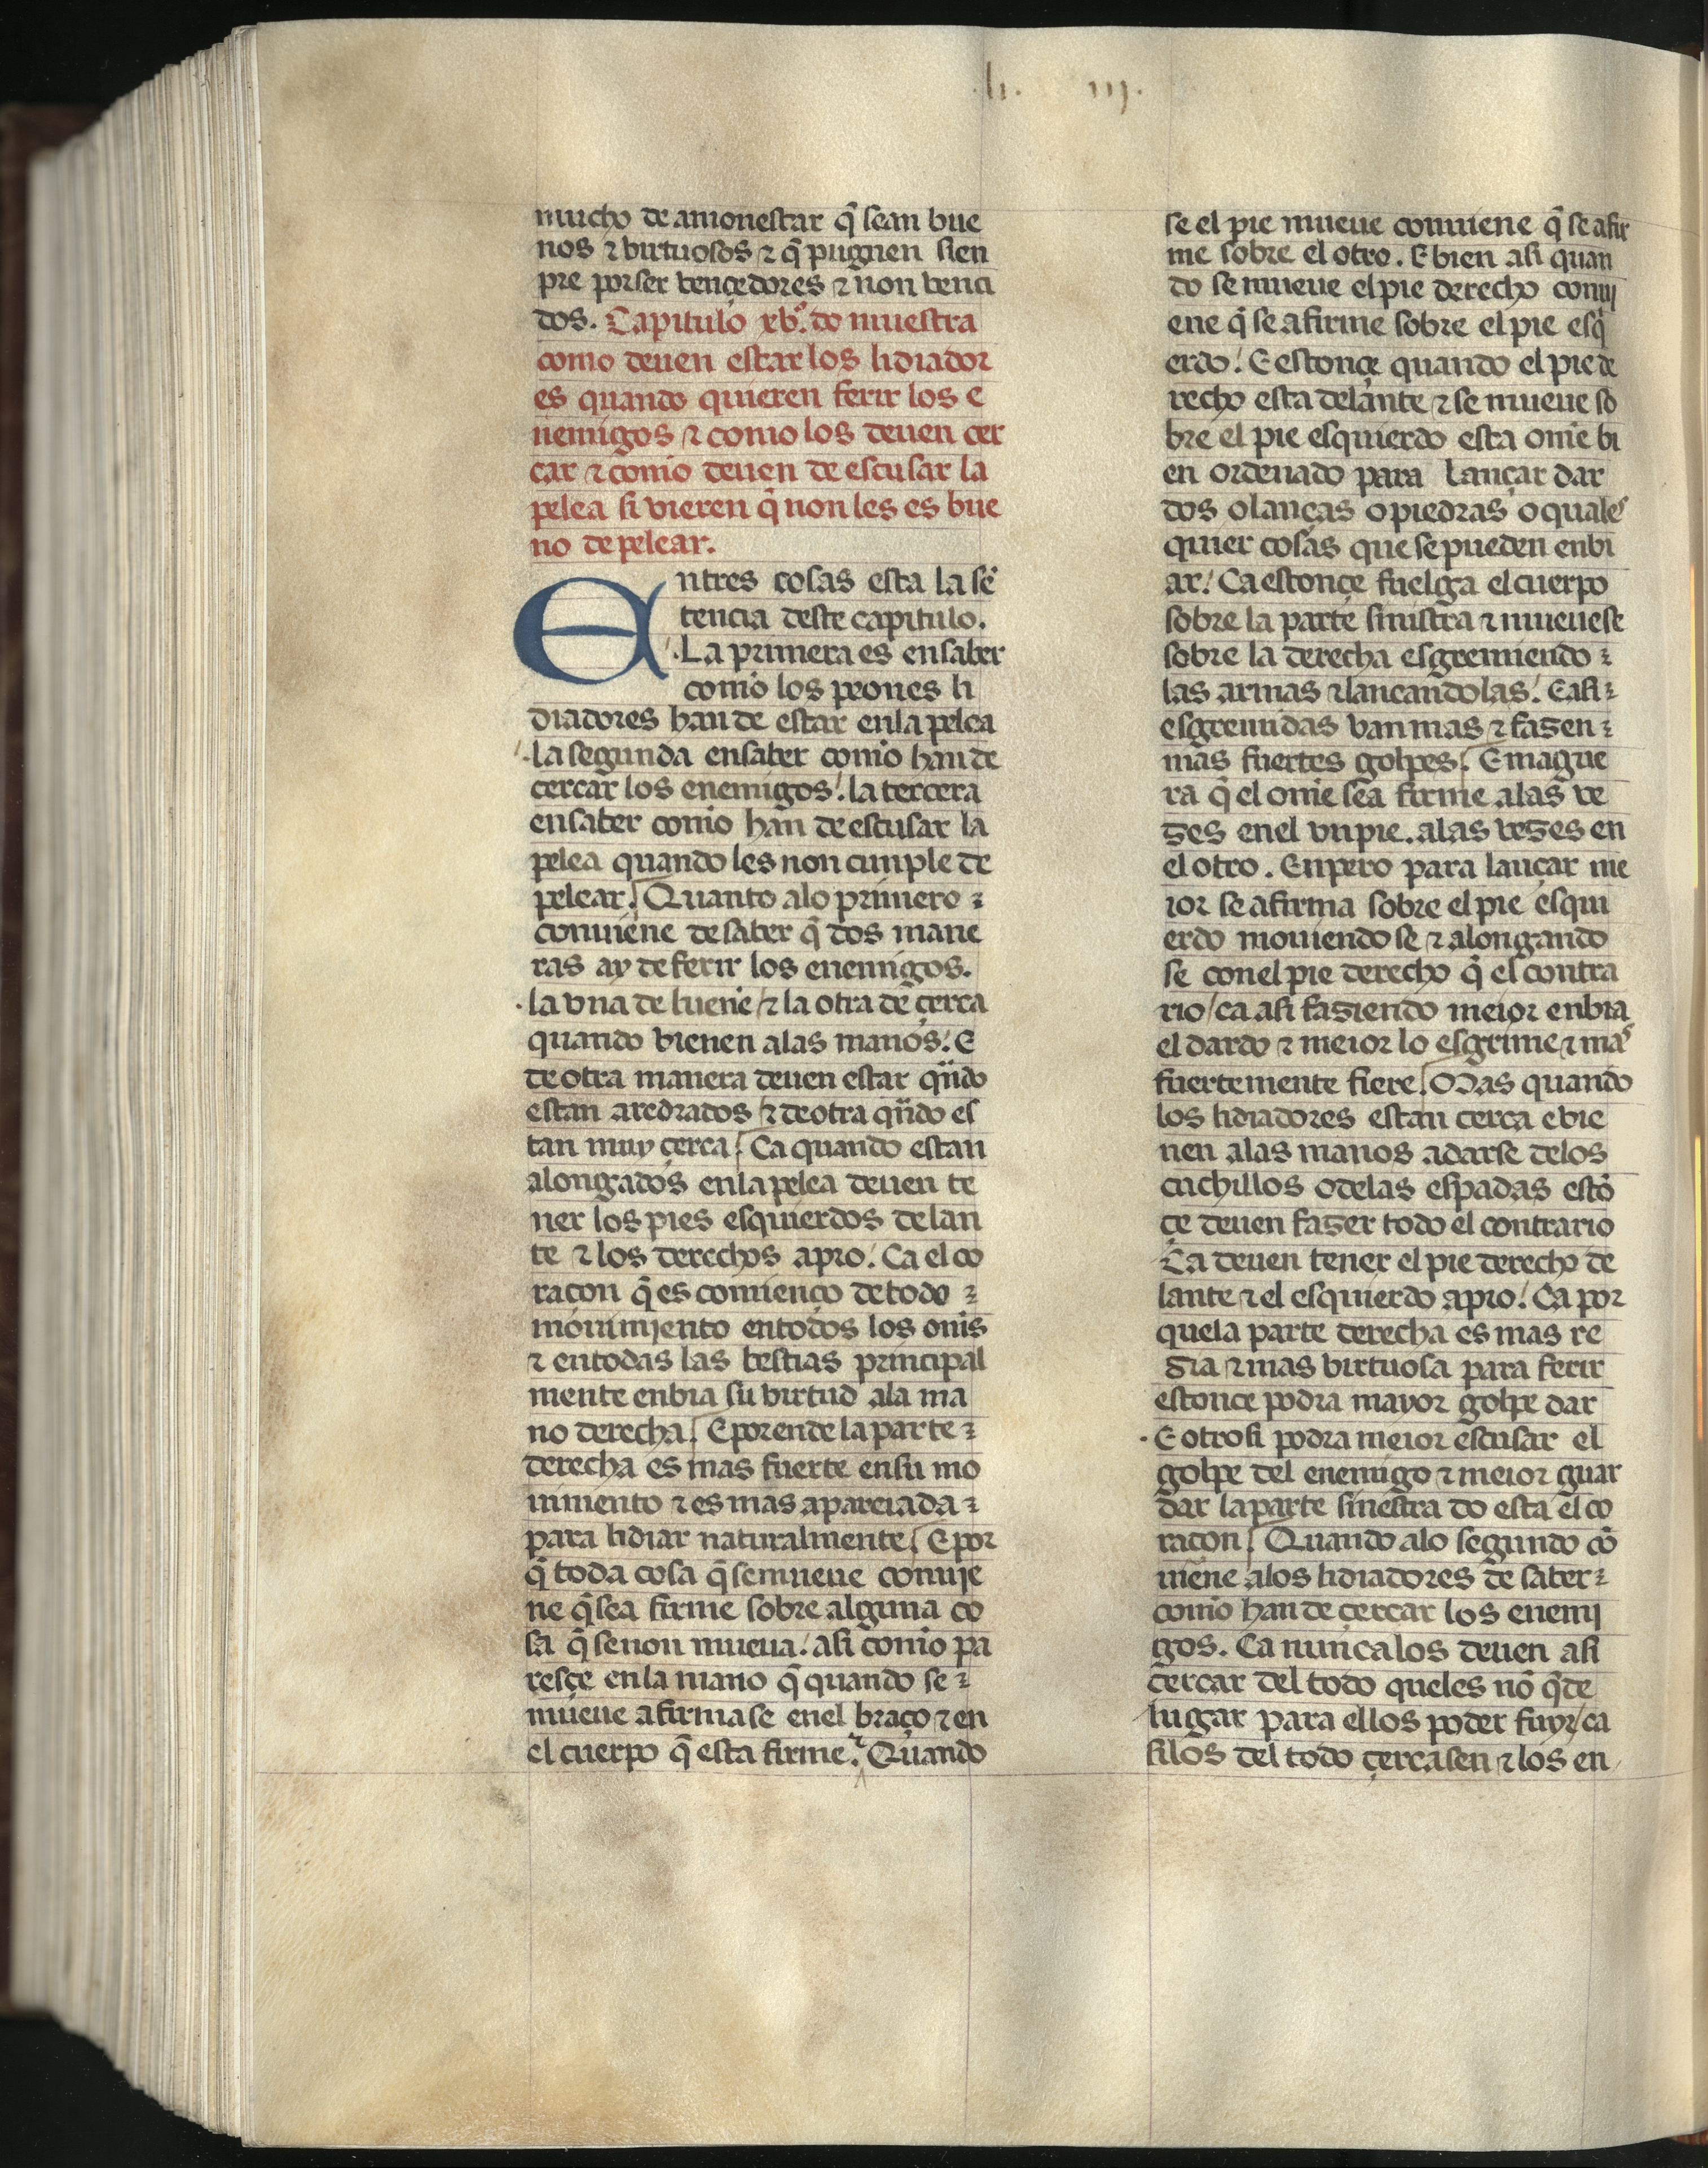
Shelfmark: Madrid, Fundación Lázaro Galdiano, mss 289
Century: 15